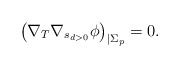
\begin{align*}\left( \nabla_T \nabla_{s_{d>0}} \phi \right)_{|\Sigma_p} = 0. \end{align*}